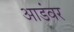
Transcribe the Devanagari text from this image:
आडंवर